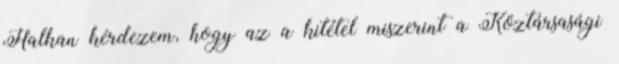
Halkan kérdezem, hogy az a kitétel miszerint a Köztársasági